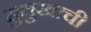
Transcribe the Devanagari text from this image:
मुलुखाची